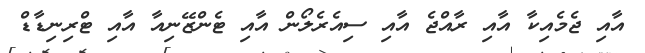
އާއި ޖެމެއިކާ އާއި ރާއްޖެ އާއި ސިއެރެލޯން އާއި ޓެންޒޭނިއާ އާއި ޓްރިނިޑާޑް